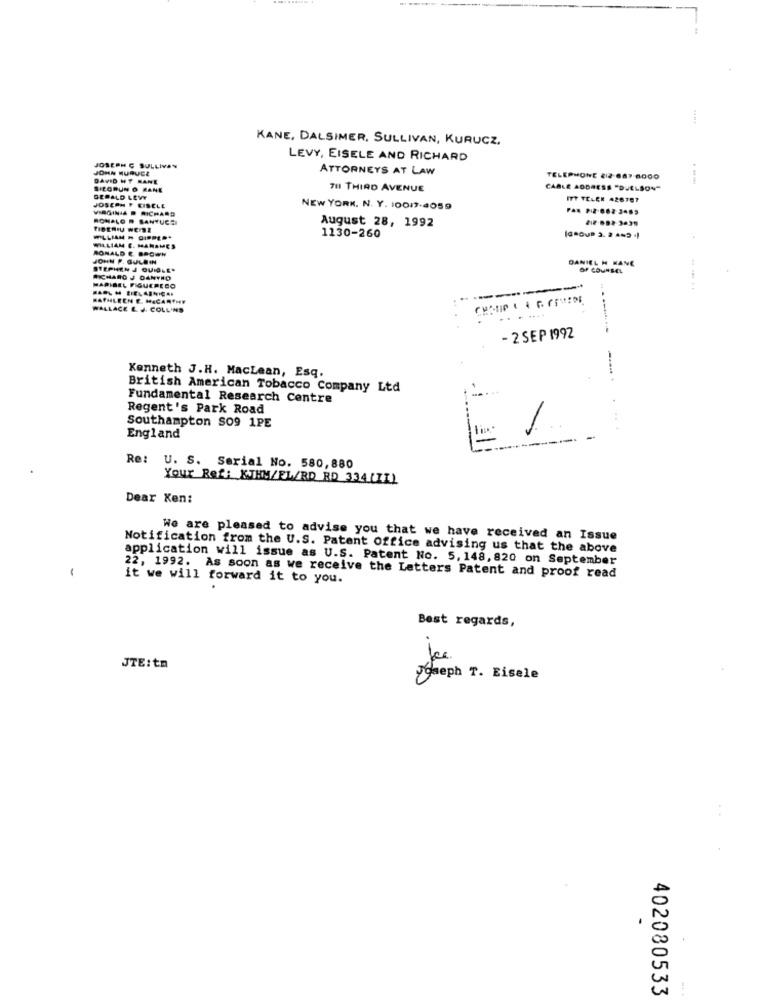
KANE, DALSIMER, SULLIVAN, KURUCZ,
LEVY, EISELE AND RICHARD
JOHN MURUCE
JOSEPH C SULLIVAN
ATTORNEYS AT LAW
DAVID HT BANE
TELEPHONE 212-687-8000
SICORUN O RANE
711 THIRD AVENUE
CARLE ADDRESS "DUELSON"
GERALD LEVY
ITT TELER 426787
JOSEPH F. CISELE
NEW YORK. N. Y. 10017-4059
RONALO P SANTUCCI
August 28, 1992
WILLIAM H DIPPER+
1130-260
WILLIAM E. MANAMES
RONALD & BROWN
JOHN F. GULD IN
DANIEL H KANE
STEPHEN J QUIOLE.
OF COUNSEL
RICHARD J DANYHO
MARIBEL FIGUEREDO
KATHLEEN E. HECARTHY
WALLACE E. J. COLLINS
.......
- 2 SEP 1992
Kenneth J.H. MacLean, Esq.
British American Tobacco Company Ltd
Fundamental Research Centre
Regent's Park Road
Southampton SO9 1PE
England
Re: U. S. Serial No. 580,880
Your Ref: KJEM/EL/RD RD 334 (II)
Dear Ken:
We are pleased to advise you that we have received an Issue
Notification from the U.S. Patent Office advising us that the above
application will issue as U.S. Patent No. 5, 148, 820 on September
-
it we will forward it to you.
22, 1992. As soon as we receive the Letters Patent and proof read
Best regards,
JTE:tn
seph T. Eisele
.
402080533